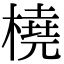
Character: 橈